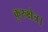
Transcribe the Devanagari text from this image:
कुरुक्षेत्र।